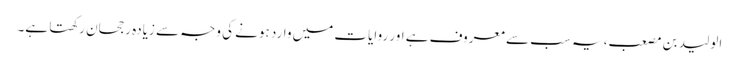
الولید بن مصعب، یہ سب سے معروف ہے اور روایات میں وارد ہونے کی وجہ سے زیادہ رجحان رکھتا ہے۔